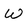
Character: W